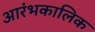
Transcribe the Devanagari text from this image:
आरंभकालिक